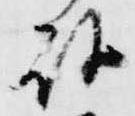
許